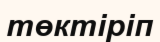
төктіріп